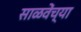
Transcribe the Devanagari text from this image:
साळवेंच्या